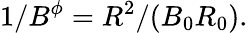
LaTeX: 1/B^{\phi}=R^{2}/(B_{0}R_{0}).